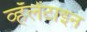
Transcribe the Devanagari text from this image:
व्हॅलेंटाइन